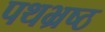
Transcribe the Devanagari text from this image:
पथभ्रष्ठ